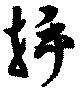
挿